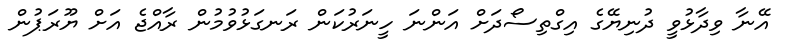
އޭނާ ވިދާޅުވީ ދުނިޔޭގެ އިގްތިސޯދަށް އަންނަ ހީނަރުކަން ރަނގަޅުވުމުން ރާއްޖެ އަށް ޔޫރަޕުން